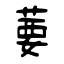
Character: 葽